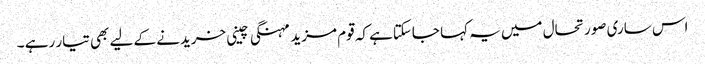
اس ساری صورتحال میں یہ کہا جاسکتاہے کہ قوم مزید مہنگی چینی خریدنے کے لیے بھی تیار رہے ۔